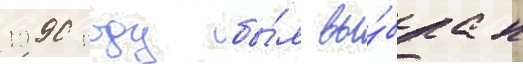
1990 году бы́л вы́бран